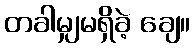
တခါမျှမရှိခဲ့ ချေ။